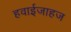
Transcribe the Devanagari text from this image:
हवाईजाहज